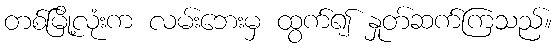
တစ်မြို့လုံးက လမ်းဘေးမှ ထွက်၍ နှုတ်ဆက်ကြသည်။